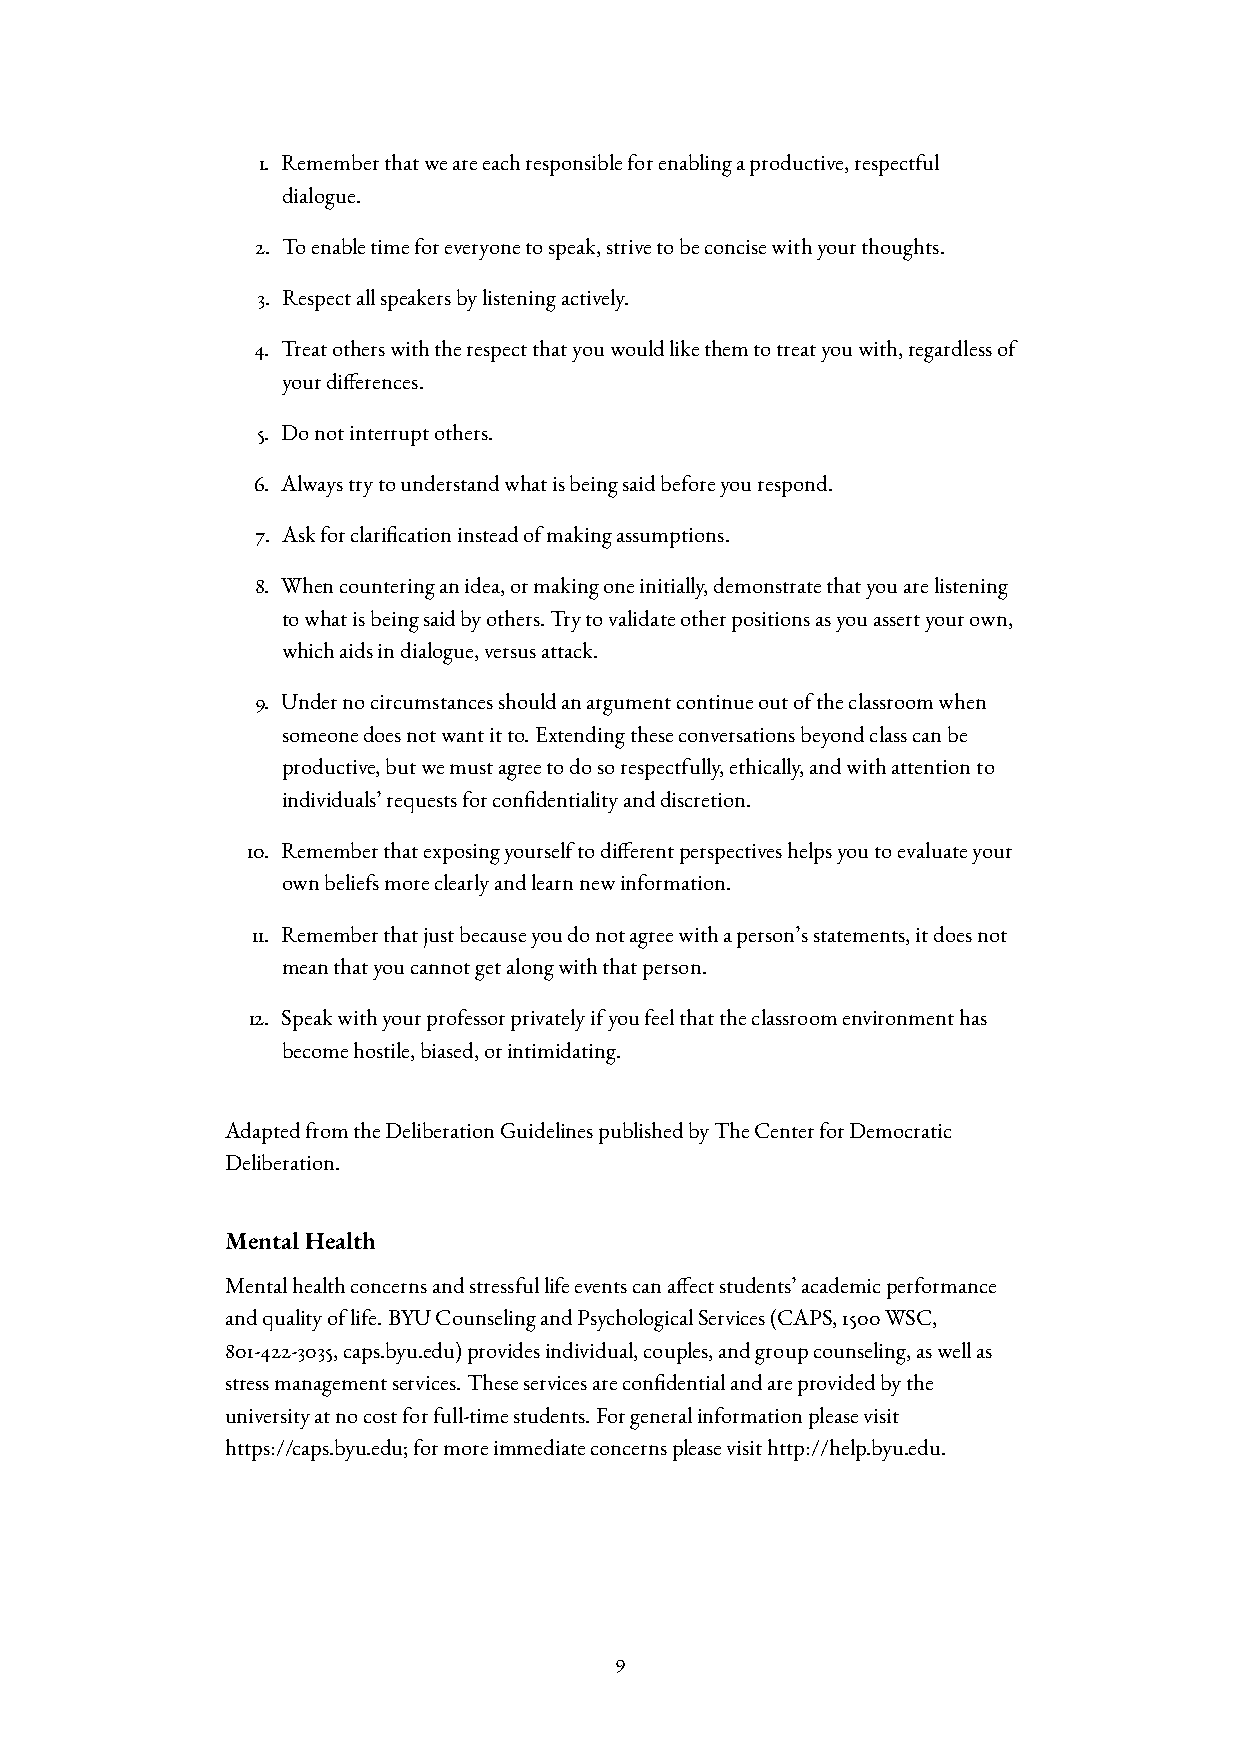
1. Rememberthatweareeachresponsibleforenablingaproductive,respectful
 dialogue.
 2. Toenabletimeforeveryonetospeak,strivetobeconcisewithyourthoughts.
 3. Respectallspeakersbylisteningactively.
 4. Treatotherswiththerespectthatyouwouldlikethemtotreatyouwith,regardlessof
 yourdi  erences.
 5. Donotinterruptothers.
 6. Alwaystrytounderstandwhatisbeingsaidbeforeyourespond.
 7. Askforclari  cationinsteadofmakingassumptions.
 8. Whencounteringanidea,ormakingoneinitially,demonstratethatyouarelistening
 towhatisbeingsaidbyothers.Trytovalidateotherpositionsasyouassertyourown,
 whichaidsindialogue,versusattack.
 9. Undernocircumstancesshouldanargumentcontinueoutoftheclassroomwhen
 someonedoesnotwantitto.Extendingtheseconversationsbeyondclasscanbe
 productive,butwemustagreetodosorespectfully,ethically,andwithattentionto
 individuals’requestsforcon  dentialityanddiscretion.
 10. Rememberthatexposingyourselftodi  erentperspectiveshelpsyoutoevaluateyour
 ownbeliefsmoreclearlyandlearnnewinformation.
 11. Rememberthatjustbecauseyoudonotagreewithaperson’sstatements,itdoesnot
 meanthatyoucannotgetalongwiththatperson.
 12. Speakwithyourprofessorprivatelyifyoufeelthattheclassroomenvironmenthas
 becomehostile,biased,orintimidating.
 AdaptedfromtheDeliberationGuidelinespublishedbyTheCenterforDemocratic
 Deliberation.
 MentalHealth
 Mentalhealthconcernsandstressfullifeeventscana  ectstudents’academicperformance
 andqualityoflife.BYUCounselingandPsychologicalServices(CAPS,1500WSC,
 801-422-3035,caps.byu.edu)providesindividual,couples,andgroupcounseling,aswellas
 stressmanagementservices.Theseservicesarecon  dentialandareprovidedbythe
 universityatnocostforfull-timestudents.Forgeneralinformationpleasevisit
 https://caps.byu.edu;formoreimmediateconcernspleasevisithttp://help.byu.edu.
 9